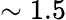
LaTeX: \sim 1.5